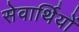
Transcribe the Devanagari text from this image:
सेवार्थियों